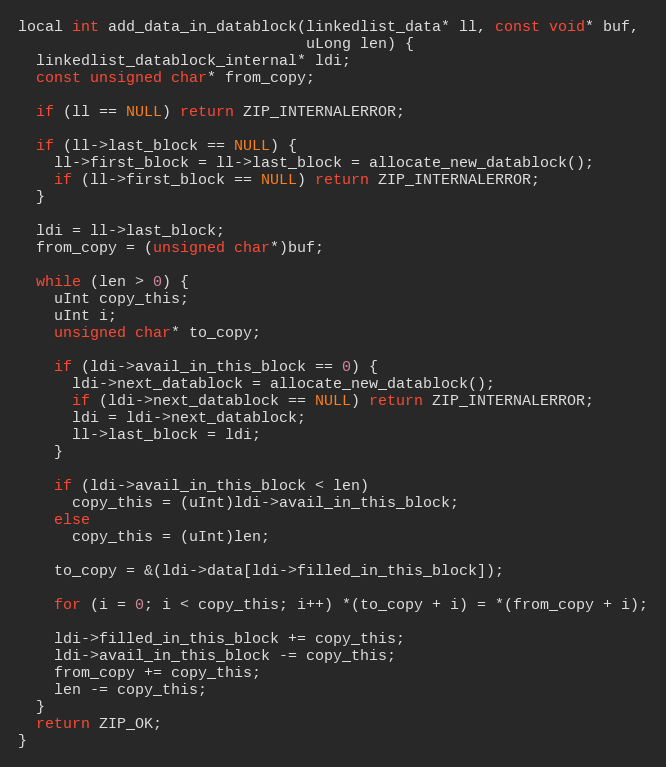
Language: C++
local int add_data_in_datablock(linkedlist_data* ll, const void* buf,
                                uLong len) {
  linkedlist_datablock_internal* ldi;
  const unsigned char* from_copy;

  if (ll == NULL) return ZIP_INTERNALERROR;

  if (ll->last_block == NULL) {
    ll->first_block = ll->last_block = allocate_new_datablock();
    if (ll->first_block == NULL) return ZIP_INTERNALERROR;
  }

  ldi = ll->last_block;
  from_copy = (unsigned char*)buf;

  while (len > 0) {
    uInt copy_this;
    uInt i;
    unsigned char* to_copy;

    if (ldi->avail_in_this_block == 0) {
      ldi->next_datablock = allocate_new_datablock();
      if (ldi->next_datablock == NULL) return ZIP_INTERNALERROR;
      ldi = ldi->next_datablock;
      ll->last_block = ldi;
    }

    if (ldi->avail_in_this_block < len)
      copy_this = (uInt)ldi->avail_in_this_block;
    else
      copy_this = (uInt)len;

    to_copy = &(ldi->data[ldi->filled_in_this_block]);

    for (i = 0; i < copy_this; i++) *(to_copy + i) = *(from_copy + i);

    ldi->filled_in_this_block += copy_this;
    ldi->avail_in_this_block -= copy_this;
    from_copy += copy_this;
    len -= copy_this;
  }
  return ZIP_OK;
}